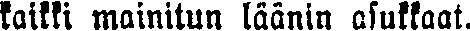
kaikki mainitun läänin asukkaat.